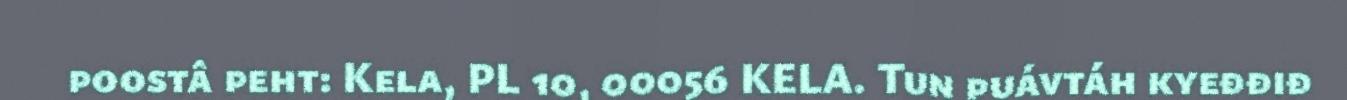
poostâ peht: Kela, PL 10, 00056 KELA. Tun puávtáh kyeđđiđ